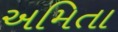
અમિતા